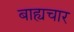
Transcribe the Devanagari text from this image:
बाह्यचार